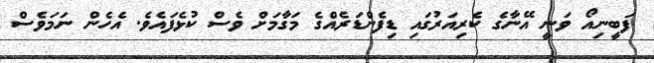
ފަބީނިއޯ ވަނީ އޭނާގެ ކެރިއަރުގައި ޑިފެންޑަރެއްގެ މަގާމަށް ވެސް ކުޅެފައެވެ. އެހެން ނަމަވެސް